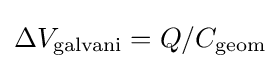
\Delta V_{\text{galvani}}=Q/C_{\text{geom}}